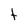
Character: t